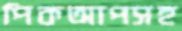
পিকআপসহ